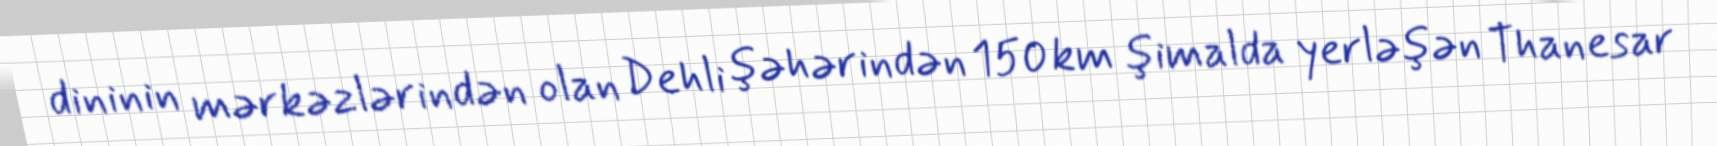
dininin mərkəzlərindən olan Dehli şəhərindən 150 km şimalda yerləşən Thanesar